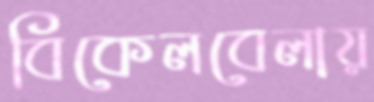
বিকেলবেলায়